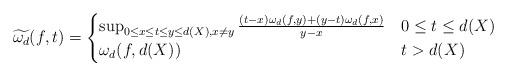
LaTeX: \begin{align*}\widetilde{\omega_d}(f,t)=\begin{cases}\sup_{0\leq x\leq t\leq y\leq d(X),x\neq y}\frac{(t-x)\omega_d(f,y)+(y-t)\omega_d(f,x)}{y-x} & 0\leq t\leq d(X) \\\omega_d(f,d(X)) & t > d(X)\end{cases}\end{align*}